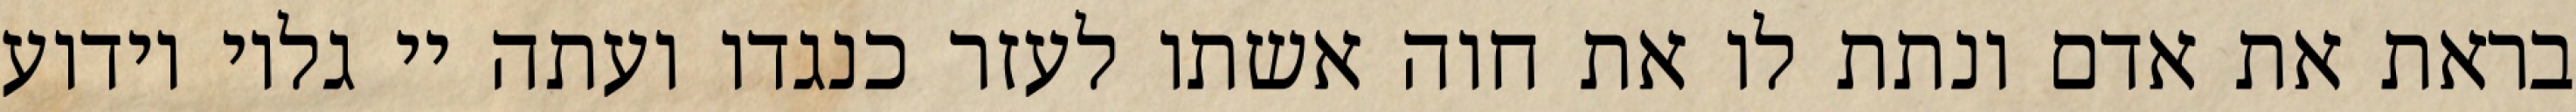
בראת את אדם ונתת לו את חוה אשתו לעזר כנגדו ועתה יי גלוי וידוע